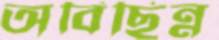
অবিছিন্ন